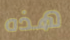
هذه